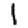
Digit: 1